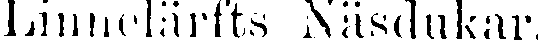
Linnelärfts Näsdukar.